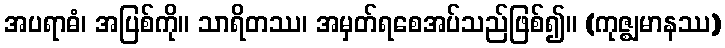
အပရာဓံ၊ အပြစ်ကို။ သာရိတဿ၊ အမှတ်ရစေအပ်သည်ဖြစ်၍။ (ကုဇ္ဈမာနဿ)